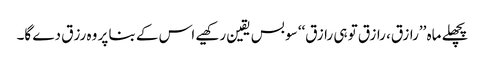
پچھلے ماہ ’’رازق، رازق تو ہی رازق‘‘ سو بس یقین رکھیے اس کے بنا پر وہ رزق دے گا۔